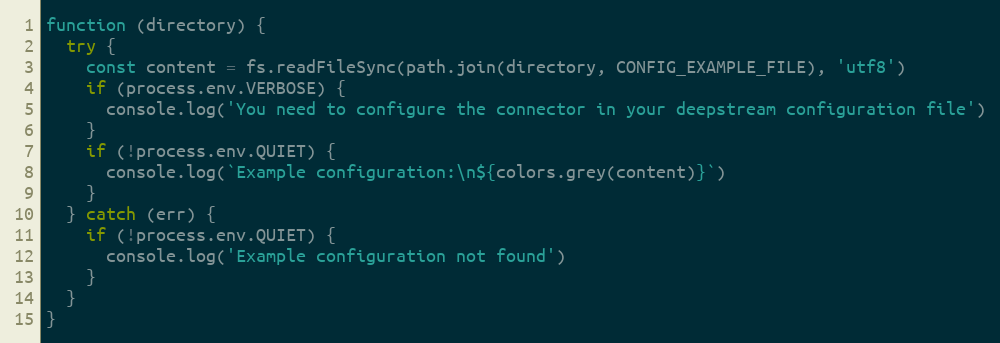
Language: JavaScript
function (directory) {
  try {
    const content = fs.readFileSync(path.join(directory, CONFIG_EXAMPLE_FILE), 'utf8')
    if (process.env.VERBOSE) {
      console.log('You need to configure the connector in your deepstream configuration file')
    }
    if (!process.env.QUIET) {
      console.log(`Example configuration:\n${colors.grey(content)}`)
    }
  } catch (err) {
    if (!process.env.QUIET) {
      console.log('Example configuration not found')
    }
  }
}